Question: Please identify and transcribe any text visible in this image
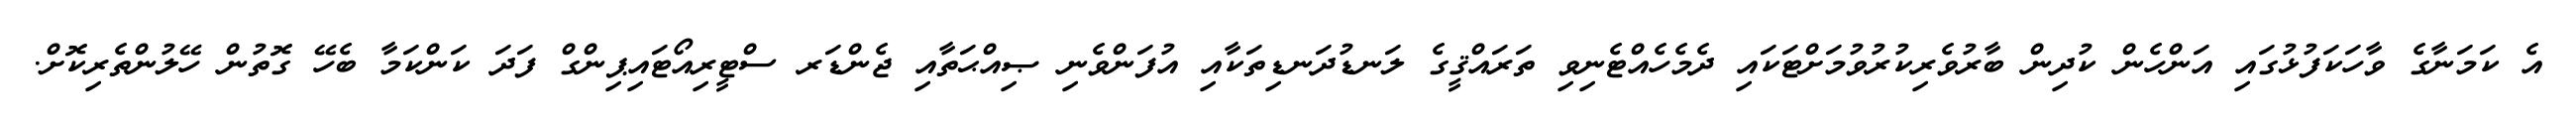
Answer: އެ ކަމަނާގެ ވާހަކަފުޅުގައި އަންހެން ކުދިން ބާރުވެރިކުރުވުމަށްޓަކައި ދެމެހެއްޓެނިވި ތަރައްޤީގެ ލަނޑުދަނޑިތަކާއި އުފަންވެނި ޞިއްޙަތާއި ޖެންޑަރ ސްޓީރިއޯޓައިޕިންގް ފަދަ ކަންކަމާ ބެހޭ ގޮތުން ހޭލުންތެރިކޮށް.